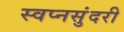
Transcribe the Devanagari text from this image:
स्वप्नसुंदरी